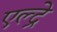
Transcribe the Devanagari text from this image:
एल्द्रे